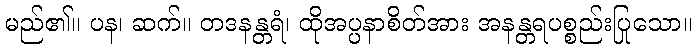
မည်၏။ ပန၊ ဆက်။ တဒနန္တရံ၊ ထိုအပ္ပနာစိတ်အား အနန္တရပစ္စည်းပြုသော။